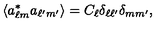
\langle a _ { \ell m } ^ { * } a _ { \ell ^ { \prime } m ^ { \prime } } \rangle = C _ { \ell } \delta _ { \ell \ell ^ { \prime } } \delta _ { m m ^ { \prime } } ,